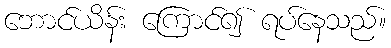
ဘောင်ယိန်း ကြောင်၍ ရပ်နေသည်။